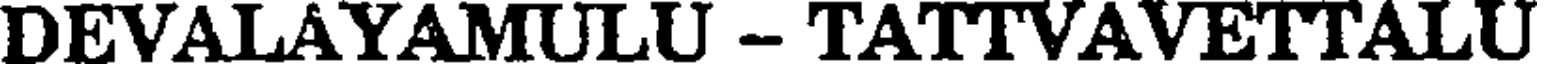
DEVALAYAMULU - TATTVAVETTALU